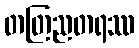
တတြညတရဿ